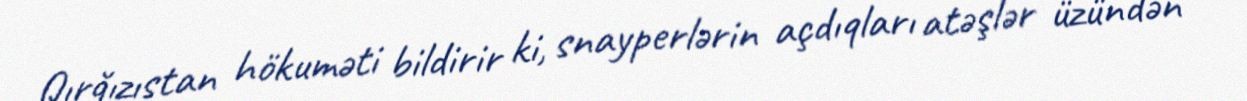
Qırğızıstan hökuməti bildirir ki, snayperlərin açdıqları atəşlər üzündən